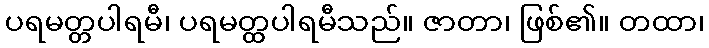
ပရမတ္တပါရမီ၊ ပရမတ္ထပါရမီသည်။ ဇာတာ၊ ဖြစ်၏။ တထာ၊